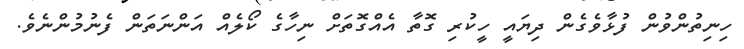
ހިނިތުންވުން ފުޅާވެގެން ދިޔައީ ހީކުރި ގޮތާ އެއްގޮތަށް ނިހާގެ ކޯލެއް އަންނަތަން ފެނުމުންނެވެ.